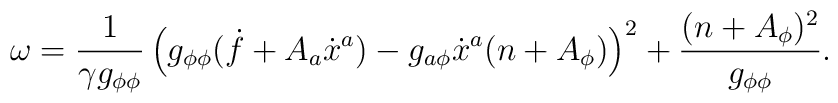
\omega=\frac{1}{\gamma g_{\phi\phi}}\left(g_{\phi\phi}(\dot{f}+A_a\dot{x}^a)-g_{a\phi}\dot{x}^a (n+A_\phi)\right) ^2+\frac{(n+A_\phi)^2}{g_{\phi\phi}}.